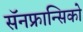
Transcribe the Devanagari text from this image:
सॅनफ्रान्सिको